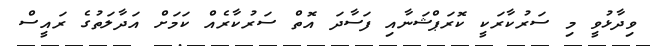
ވިދާޅުވީ މި ސަރުކާރަކީ ކޮރަޕްޝަނާއި ފަސާދަ އޮތް ސަރުކާރެއް ކަމަށް އަދާލަތުގެ ރައީސް